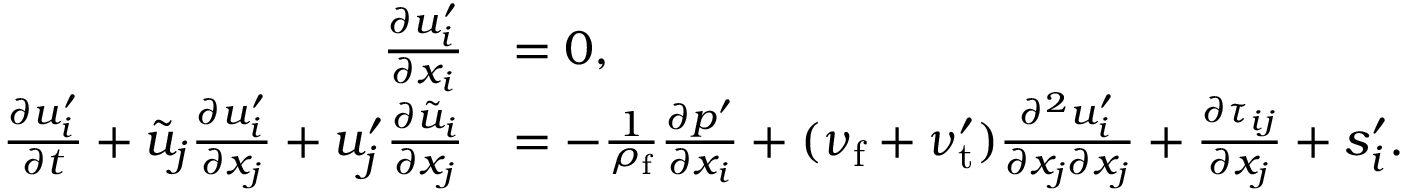
\begin{array} { r l } { \frac { \partial u _ { i } ^ { \prime } } { \partial x _ { i } } } & { = 0 , } \\ { \frac { \partial { u } _ { i } ^ { \prime } } { \partial t } + \tilde { u } _ { j } \frac { \partial u _ { i } ^ { \prime } } { \partial x _ { j } } + u _ { j } ^ { \prime } \frac { \partial \tilde { u } _ { i } } { \partial x _ { j } } } & { = - \frac { 1 } { \rho _ { \mathrm { f } } } \frac { \partial p ^ { \prime } } { \partial x _ { i } } + ( \nu _ { \mathrm { f } } + \nu _ { \mathrm { t } } ^ { \prime } ) \frac { \partial ^ { 2 } u _ { i } ^ { \prime } } { \partial x _ { j } \partial x _ { j } } + \frac { \partial \tau _ { i j } } { \partial x _ { j } } + s _ { i } ^ { \prime } . } \end{array}